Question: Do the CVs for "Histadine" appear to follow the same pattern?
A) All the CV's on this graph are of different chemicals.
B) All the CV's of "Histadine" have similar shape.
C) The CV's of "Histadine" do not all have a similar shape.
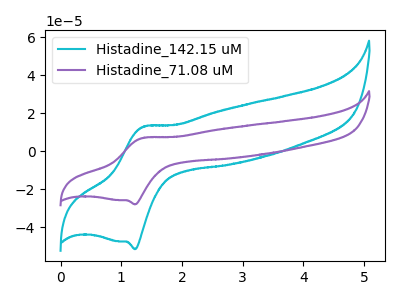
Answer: <think>The cyan curve "Histadine_142.15 uM" has an anodic peak at (1.35V, 12.80uA) and a cathodic peak at (1.25V, -51.60uA). The purple curve "Histadine_71.08 uM" has an anodic peak at (1.35V, 6.95uA) and a cathodic peak at (1.25V, -28.00uA).
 All the peaks in "Histadine_142.15 uM" have a peak in "Histadine_71.08 uM" at the same potential. Every peak in "Histadine_142.15 uM" is higher than every peak in "Histadine_71.08 uM".</think>
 <answer>B) All the CV's of "Histadine" have similar shape.</answer>
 <eval>B</eval>